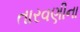
તારવણીના